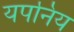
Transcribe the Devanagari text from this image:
यपनिय